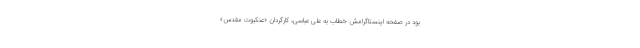
بود در صفحه اینستاگرامش خطاب به علی عباسی، کارگردان «عنکبوت مقدس»